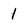
Character: 1